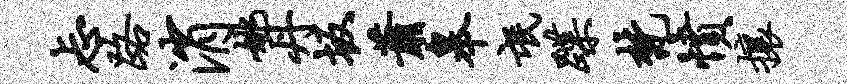
忐路消姚丹坂萧皋氓蹀梵愤攘